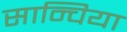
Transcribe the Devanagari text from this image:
सान्चिया